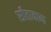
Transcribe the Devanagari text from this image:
सीताकान्त